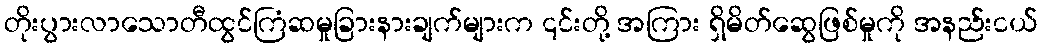
တိုးပွားလာသောတီထွင်ကြံဆမှုခြားနားချက်များက ၎င်းတို့ အကြား ရှိမိတ်ဆွေဖြစ်မှုကို အနည်းငယ်